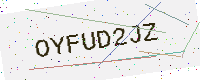
Text: OYFUD2JZ